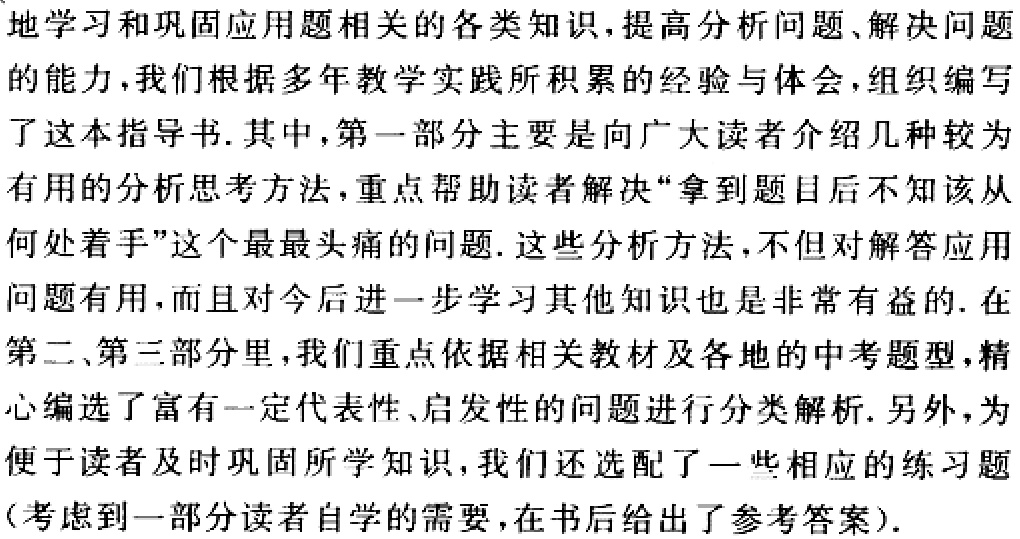
地学习和巩固应用题相关的各类知识,提高分析问题、解决问题

的能力,我们根据多年教学实践所积累的经验与体会,组织编写

了这本指导书.其中,第一部分主要是向广大读者介绍几种较为

有用的分析思考方法,重点帮助读者解决“拿到题目后不知该从

何处着手”这个最最头痛的问题.这些分析方法,不但对解答应用

问题有用,而且对今后进一步学习其他知识也是非常有益的.在

第二、第三部分里,我们重点依据相关教材及各地的中考题型,精

心编选了富有一定代表性、启发性的问题进行分类解析.另外,为

便于读者及时巩固所学知识,我们还选配了一些相应的练习题

(考虑到一部分读者自学的需要,在书后给出了参考答案).